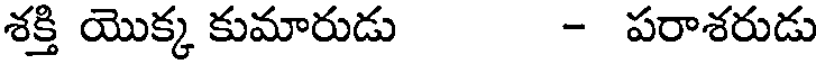
శక్తి యొక్క కుమారుడు - పరాశరుడు